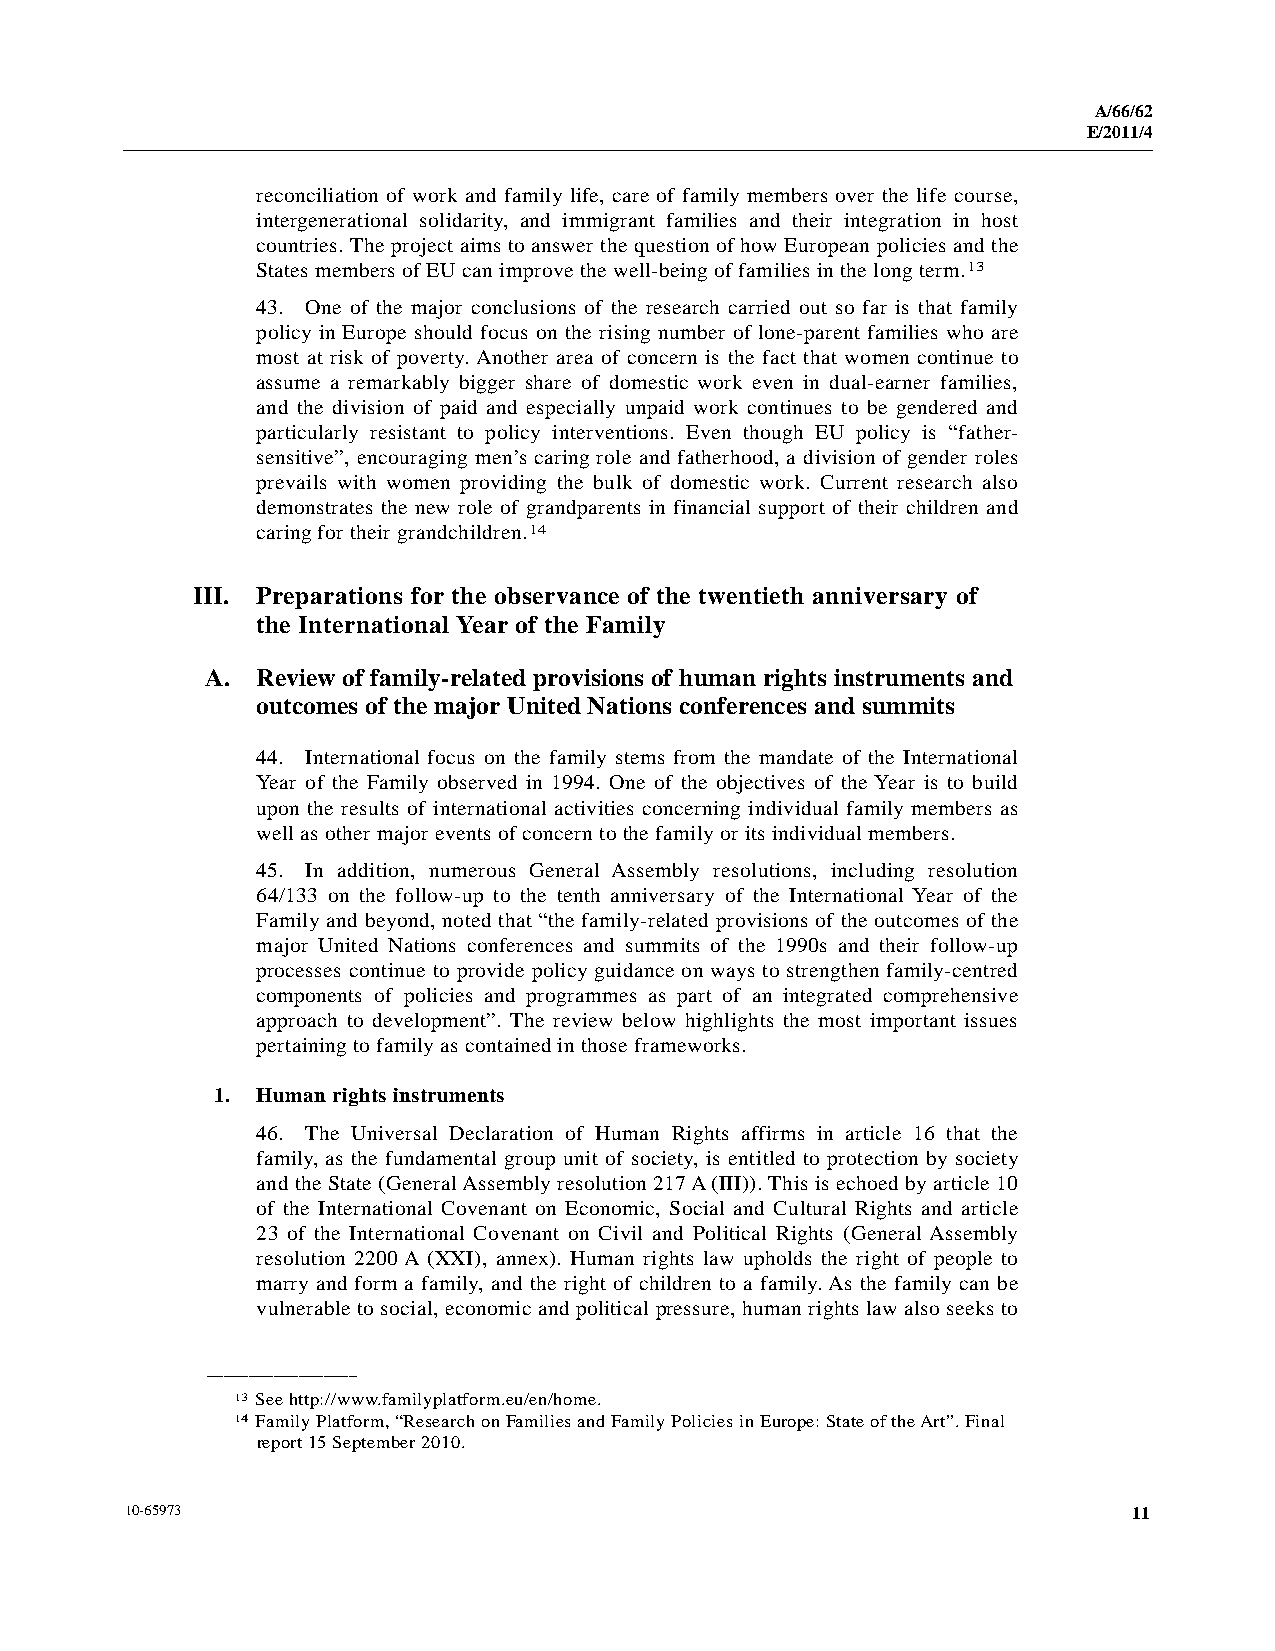
A/66/62
 E/2011/4
 reconciliation of work and family life, care of family members over the life course,
 intergenerational solidarity, and immigrant families and their integration in host
 countries. The project aims to answer the question of how European policies and the
 States members of EU can improve the well-being of families in the long term.13
 43. One of the major conclusions of the research carried out so far is that family
 policy in Europe should focus on the rising number of lone-parent families who are
 most at risk of poverty. Another area of concern is the fact that women continue to
 assume a remarkably bigger share of domestic work even in dual-earner families,
 and the division of paid and especially unpaid work continues to be gendered and
 particularly resistant to policy interventions. Even though EU policy is “father-
 sensitive”, encouraging men’s caring role and fatherhood, a division of gender roles
 prevails with women providing the bulk of domestic work. Current research also
 demonstrates the new role of grandparents in financial support of their children and
 caring for their grandchildren.14
 III. Preparations for the observance of the twentieth anniversary of
 the International Year of the Family
 A. Review of family-related provisions of human rights instruments and
 outcomes of the major United Nations conferences and summits
 44. International focus on the family stems from the mandate of the International
 Year of the Family observed in 1994. One of the objectives of the Year is to build
 upon the results of international activities concerning individual family members as
 well as other major events of concern to the family or its individual members.
 45. In addition, numerous General Assembly resolutions, including resolution
 64/133 on the follow-up to the tenth anniversary of the International Year of the
 Family and beyond, noted that “the family-related provisions of the outcomes of the
 major United Nations conferences and summits of the 1990s and their follow-up
 processes continue to provide policy guidance on ways to strengthen family-centred
 components of policies and programmes as part of an integrated comprehensive
 approach to development”. The review below highlights the most important issues
 pertaining to family as contained in those frameworks.
 1. Human rights instruments
 46. The Universal Declaration of Human Rights affirms in article 16 that the
 family, as the fundamental group unit of society, is entitled to protection by society
 and the State (General Assembly resolution 217 A (III)). This is echoed by article 10
 of the International Covenant on Economic, Social and Cultural Rights and article
 23 of the International Covenant on Civil and Political Rights (General Assembly
 resolution 2200 A (XXI), annex). Human rights law upholds the right of people to
 marry and form a family, and the right of children to a family. As the family can be
 vulnerable to social, economic and political pressure, human rights law also seeks to
 __________________
 13 See http://www.familyplatform.eu/en/home.
 14 Family Platform, “Research on Families and Family Policies in Europe: State of the Art”. Final
 report 15 September 2010.
 10-65973                                                           11